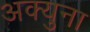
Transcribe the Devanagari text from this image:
अक्युना